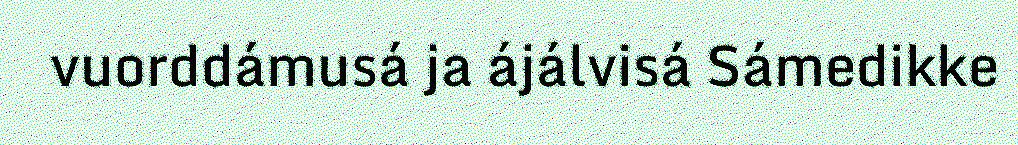
vuorddámusá ja ájálvisá Sámedikke